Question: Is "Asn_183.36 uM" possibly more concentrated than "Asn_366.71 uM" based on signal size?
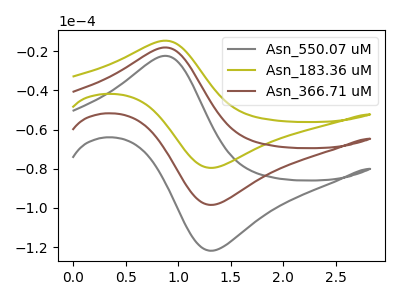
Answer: <think>The gray curve "Asn_550.07 uM" has an anodic peak at (0.90V, -36.05uA) and a cathodic peak at (1.35V, -196.75uA). The olive curve "Asn_183.36 uM" has an anodic peak at (0.90V, -14.55uA) and a cathodic peak at (1.35V, -79.50uA). The brown curve "Asn_366.71 uM" has an anodic peak at (0.90V, -18.05uA) and a cathodic peak at (1.35V, -98.40uA).
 All the peaks in "Asn_183.36 uM" have a peak in "Asn_366.71 uM" at the same potential.</think>
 <answer>I cant tell if "Asn_183.36 uM" or "Asn_366.71 uM" has more signal.</answer>
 <eval>mixed_signal</eval>